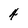
Character: 4